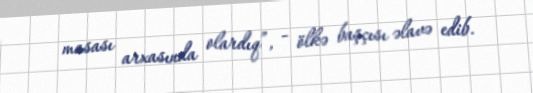
masası arxasında olardıq”, - ölkə başçısı əlavə edib.